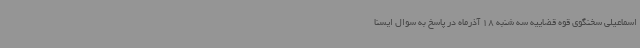
اسماعیلی سخنگوی قوه قضاییه سه شنبه 18 آذرماه در پاسخ به سوال ایسنا